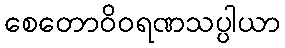
စေတောဝိဝရဏသပ္ပါယာ